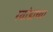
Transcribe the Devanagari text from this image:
रवांडाच्या